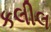
કલીલ